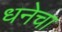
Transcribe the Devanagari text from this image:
धनेचा